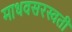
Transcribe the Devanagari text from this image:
माधवसरस्वती